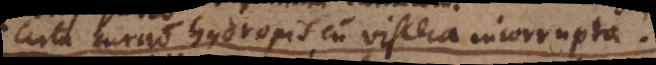
Certa curatio hydropis cum viscera incorrupta.